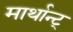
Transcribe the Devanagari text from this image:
मार्थान्ट्